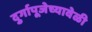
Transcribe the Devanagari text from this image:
दुर्गापूजेच्यावेळी